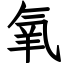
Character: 氧